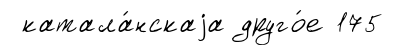
катала́нскаjа друго́е 175